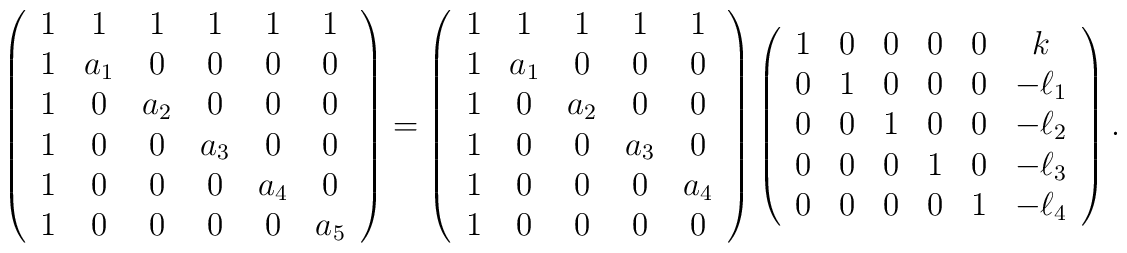
\left(\begin{array}{cccccc}1&1&1&1&1&1\\ 1&a_1&0&0&0&0\\ 1&0&a_2&0&0&0\\ 1&0&0&a_3&0&0\\1&0&0&0&a_4&0\\ 1&0&0&0&0&a_5\end{array}\right)=\left(\begin{array}{ccccc}1&1&1&1&1\\ 1&a_1&0&0&0\\ 1&0&a_2&0&0\\ 1&0&0&a_3&0\\ 1&0&0&0&a_4\\1&0&0&0&0\end{array}\right)\left(\begin{array}{cccccc}1&0&0&0&0&k\\ 0&1&0&0&0&-\ell_1\\ 0&0&1&0&0&-\ell_2\\0&0&0&1&0&-\ell_3\\ 0&0&0&0&1&-\ell_4\end{array}\right).